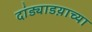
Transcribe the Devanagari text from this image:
दांड्याडय़ाच्या